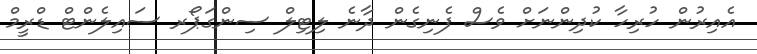
އެއިރުން ހުރިހާ ކުދިންނަށް ވެސް ފެނިގެން ދާނެ ލިޓިލް ސިންގަޕޯރ ސައިލެންޓް ޑްރީމް